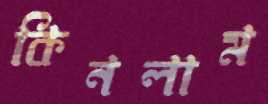
কিনলাম